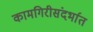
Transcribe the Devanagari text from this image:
कामगिरीसंदर्भात